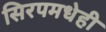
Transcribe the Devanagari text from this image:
सिरपमधेही